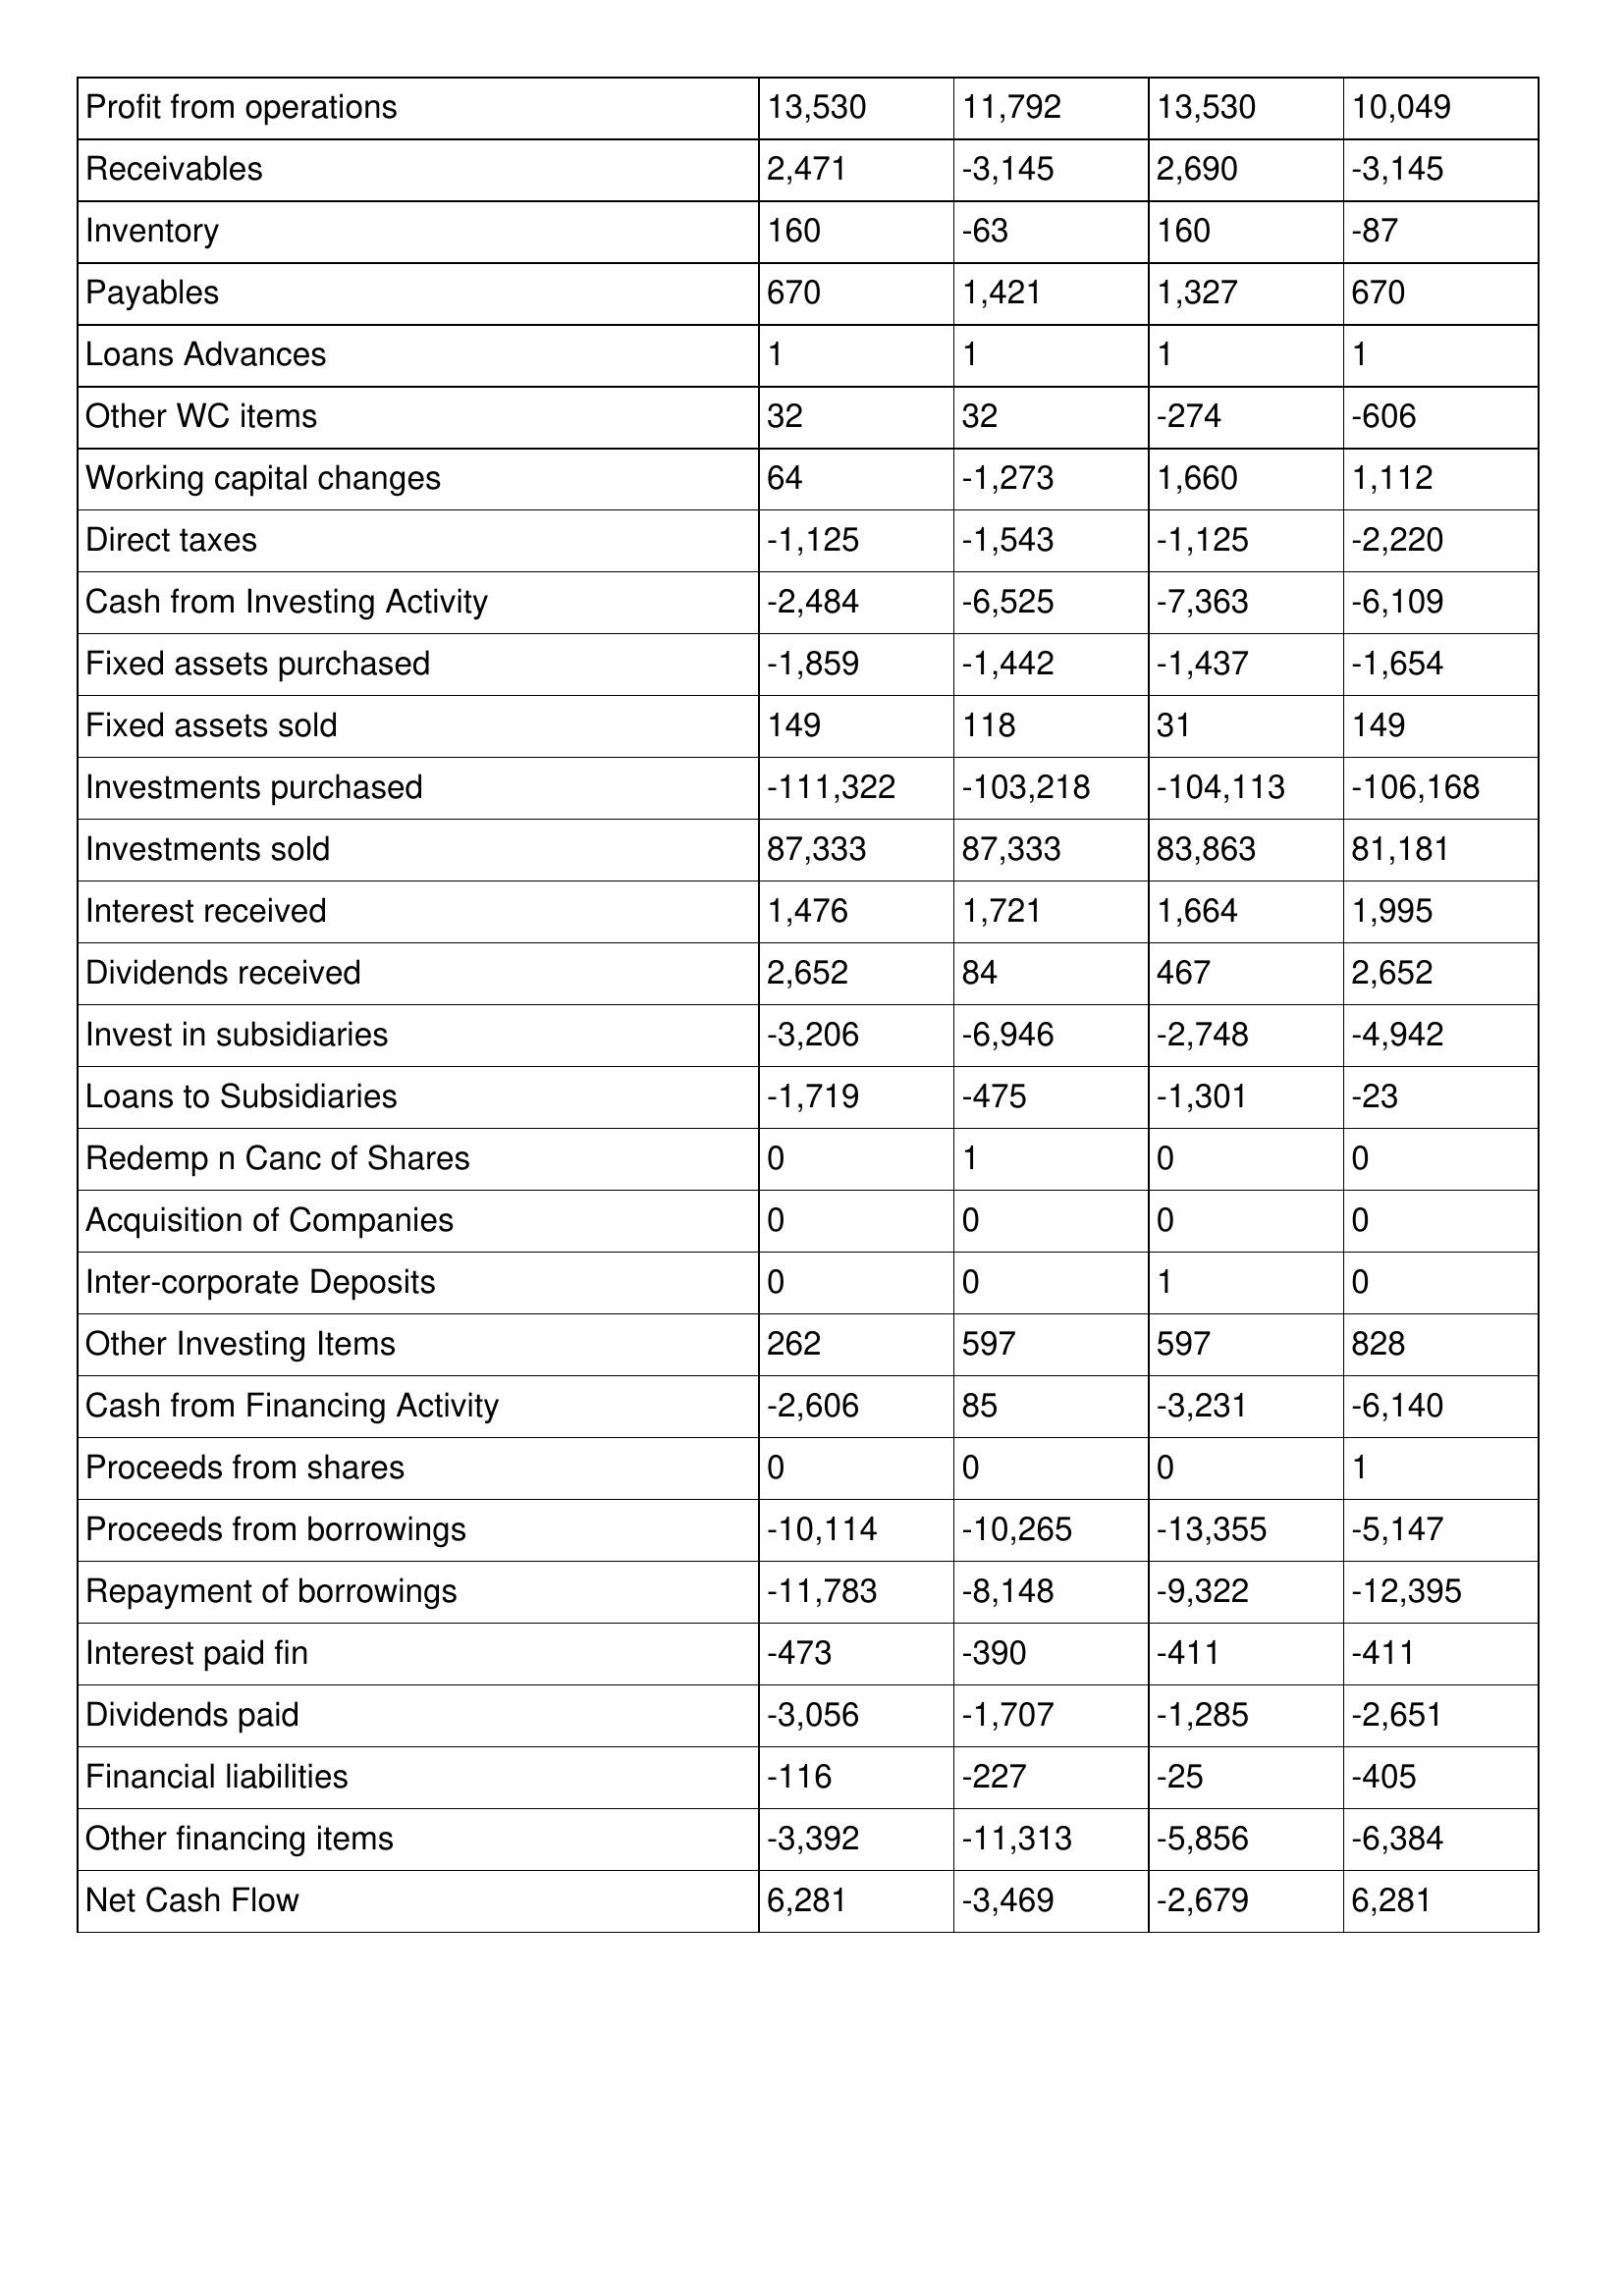
gt_parse: 2011: Cash Flows: Profit from operations: 13,530
Receivables: 2,471
Inventory: 160
Payables: 670
Loans Advances: 1
Other WC items: 32
Working capital changes: 64
Direct taxes: -1,125
Cash from Investing Activity: -2,484
Fixed assets purchased: -1,859
Fixed assets sold: 149
Investments purchased: -111,322
Investments sold: 87,333
Interest received: 1,476
Dividends received: 2,652
Invest in subsidiaries: -3,206
Loans to Subsidiaries: -1,719
Redemp n Canc of Shares: 0
Acquisition of Companies: 0
Inter-corporate Deposits: 0
Other Investing Items: 262
Cash from Financing Activity: -2,606
Proceeds from shares: 0
Proceeds from borrowings: -10,114
Repayment of borrowings: -11,783
Interest paid fin: -473
Dividends paid: -3,056
Financial liabilities: -116
Other financing items: -3,392
Net Cash Flow: 6,281
2010: Cash Flows: Profit from operations: 11,792
Receivables: -3,145
Inventory: -63
Payables: 1,421
Loans Advances: 1
Other WC items: 32
Working capital changes: -1,273
Direct taxes: -1,543
Cash from Investing Activity: -6,525
Fixed assets purchased: -1,442
Fixed assets sold: 118
Investments purchased: -103,218
Investments sold: 87,333
Interest received: 1,721
Dividends received: 84
Invest in subsidiaries: -6,946
Loans to Subsidiaries: -475
Redemp n Canc of Shares: 1
Acquisition of Companies: 0
Inter-corporate Deposits: 0
Other Investing Items: 597
Cash from Financing Activity: 85
Proceeds from shares: 0
Proceeds from borrowings: -10,265
Repayment of borrowings: -8,148
Interest paid fin: -390
Dividends paid: -1,707
Financial liabilities: -227
Other financing items: -11,313
Net Cash Flow: -3,469
2009: Cash Flows: Profit from operations: 13,530
Receivables: 2,690
Inventory: 160
Payables: 1,327
Loans Advances: 1
Other WC items: -274
Working capital changes: 1,660
Direct taxes: -1,125
Cash from Investing Activity: -7,363
Fixed assets purchased: -1,437
Fixed assets sold: 31
Investments purchased: -104,113
Investments sold: 83,863
Interest received: 1,664
Dividends received: 467
Invest in subsidiaries: -2,748
Loans to Subsidiaries: -1,301
Redemp n Canc of Shares: 0
Acquisition of Companies: 0
Inter-corporate Deposits: 1
Other Investing Items: 597
Cash from Financing Activity: -3,231
Proceeds from shares: 0
Proceeds from borrowings: -13,355
Repayment of borrowings: -9,322
Interest paid fin: -411
Dividends paid: -1,285
Financial liabilities: -25
Other financing items: -5,856
Net Cash Flow: -2,679
2008: Cash Flows: Profit from operations: 10,049
Receivables: -3,145
Inventory: -87
Payables: 670
Loans Advances: 1
Other WC items: -606
Working capital changes: 1,112
Direct taxes: -2,220
Cash from Investing Activity: -6,109
Fixed assets purchased: -1,654
Fixed assets sold: 149
Investments purchased: -106,168
Investments sold: 81,181
Interest received: 1,995
Dividends received: 2,652
Invest in subsidiaries: -4,942
Loans to Subsidiaries: -23
Redemp n Canc of Shares: 0
Acquisition of Companies: 0
Inter-corporate Deposits: 0
Other Investing Items: 828
Cash from Financing Activity: -6,140
Proceeds from shares: 1
Proceeds from borrowings: -5,147
Repayment of borrowings: -12,395
Interest paid fin: -411
Dividends paid: -2,651
Financial liabilities: -405
Other financing items: -6,384
Net Cash Flow: 6,281